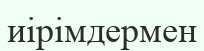
иірімдермен